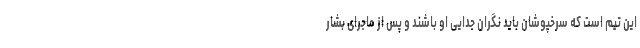
این تیم است که سرخپوشان باید نگران جدایی او باشند و پس از ماجرای بشار